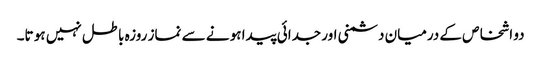
دو اشخاص کے درمیان دشمنی اور جدائی پیدا ہو نے سے نماز روزہ باطل نہیں ہو تا۔